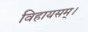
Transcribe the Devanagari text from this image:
विहायसम्।